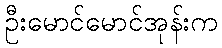
ဦးမောင်မောင်အုန်းက